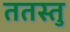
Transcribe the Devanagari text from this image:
ततस्तु